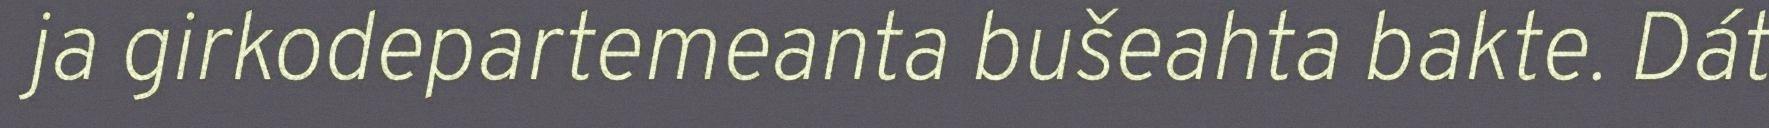
ja girkodepartemeanta bušeahta bakte. Dát